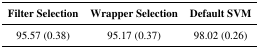
<table><thead><tr><td><b>Filter Selection</b></td><td><b>Wrapper Selection</b></td><td><b>Default SVM</b></td></tr></thead><tbody><tr><td>95.57 (0.38)</td><td>95.17 (0.37)</td><td>98.02 (0.26)</td></tr></tbody></table>